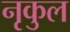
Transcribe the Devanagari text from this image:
नृकुल